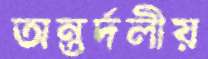
অন্তর্দলীয়